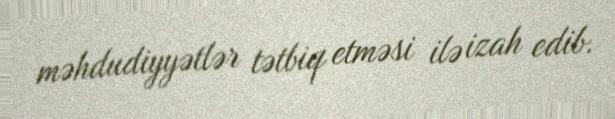
məhdudiyyətlər tətbiq etməsi ilə izah edib.